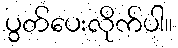
ပွတ်ပေးလိုက်ပါ။